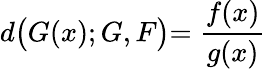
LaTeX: d\bigl(G(x);G,F\bigl)=\frac{f(x)}{g(x)}